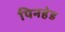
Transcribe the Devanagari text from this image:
पिनहेड